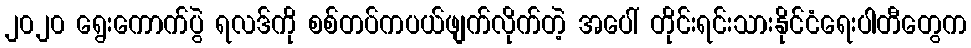
၂၀၂၀ ရွေးကောက်ပွဲ ရလဒ်ကို စစ်တပ်ကပယ်ဖျက်လိုက်တဲ့ အပေါ် တိုင်းရင်းသားနိုင်ငံရေးပါတီတွေက